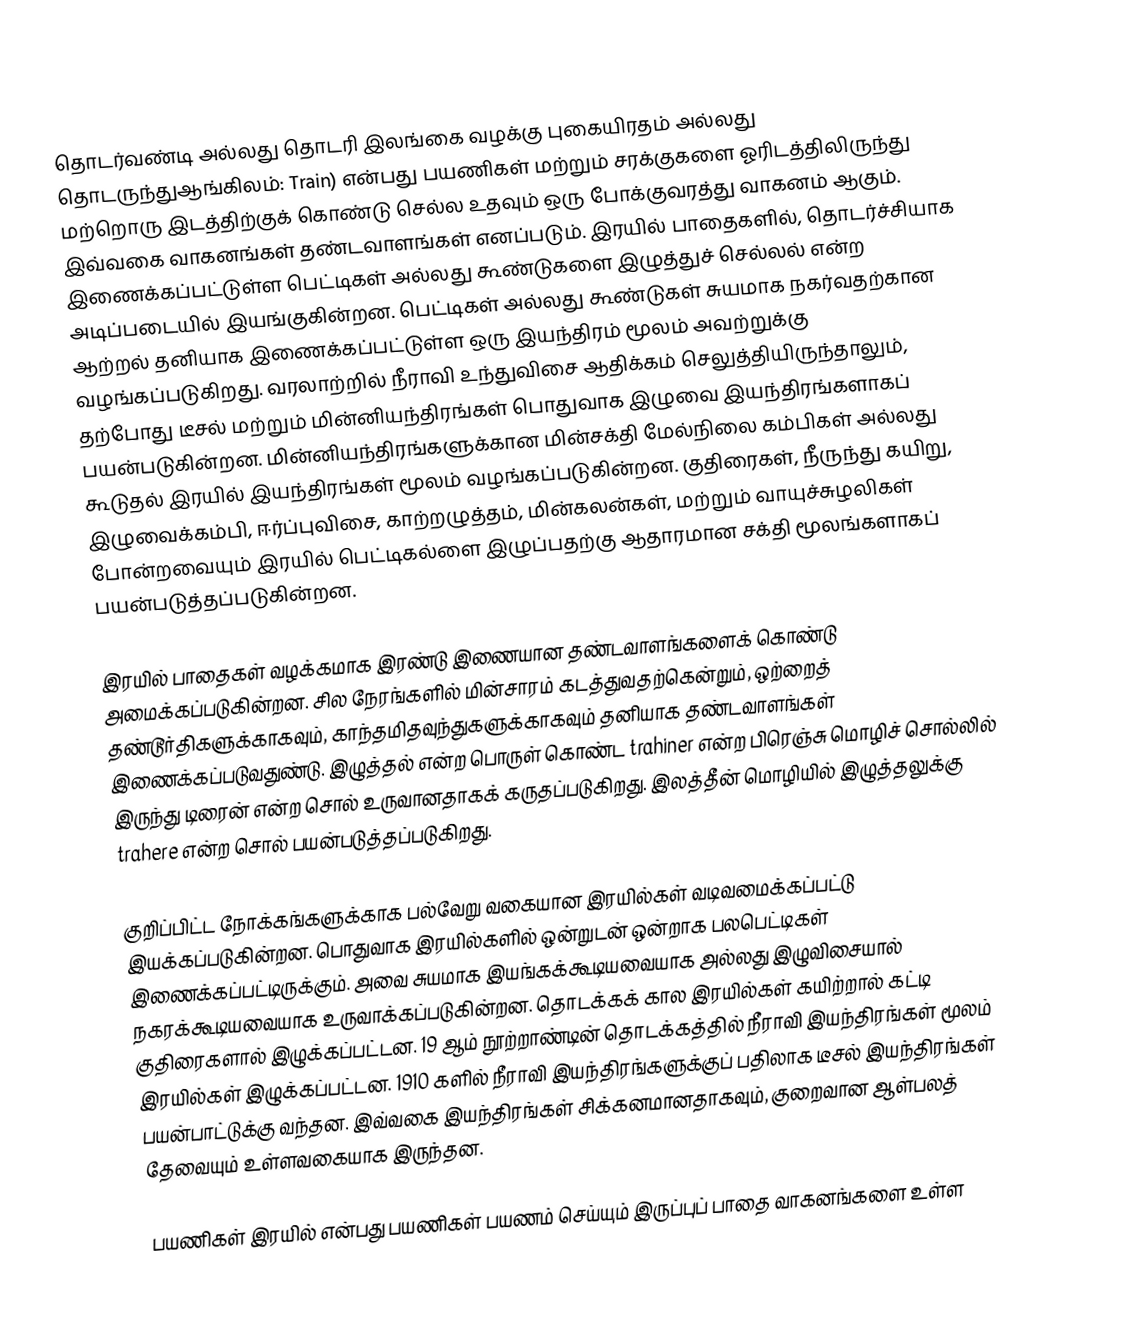
தொடர்வண்டி அல்லது தொடரி இலங்கை வழக்கு புகையிரதம் அல்லது தொடருந்துஆங்கிலம்: Train) என்பது பயணிகள் மற்றும் சரக்குகளை ஓரிடத்திலிருந்து மற்றொரு இடத்திற்குக் கொண்டு செல்ல உதவும் ஒரு போக்குவரத்து வாகனம் ஆகும். இவ்வகை வாகனங்கள் தண்டவாளங்கள் எனப்படும். இரயில் பாதைகளில், தொடர்ச்சியாக இணைக்கப்பட்டுள்ள பெட்டிகள் அல்லது கூண்டுகளை இழுத்துச் செல்லல் என்ற அடிப்படையில் இயங்குகின்றன. பெட்டிகள் அல்லது கூண்டுகள் சுயமாக நகர்வதற்கான ஆற்றல் தனியாக இணைக்கப்பட்டுள்ள ஒரு இயந்திரம் மூலம் அவற்றுக்கு வழங்கப்படுகிறது. வரலாற்றில் நீராவி உந்துவிசை ஆதிக்கம் செலுத்தியிருந்தாலும், தற்போது டீசல் மற்றும் மின்னியந்திரங்கள் பொதுவாக இழுவை இயந்திரங்களாகப் பயன்படுகின்றன. மின்னியந்திரங்களுக்கான மின்சக்தி மேல்நிலை கம்பிகள் அல்லது கூடுதல் இரயில் இயந்திரங்கள் மூலம் வழங்கப்படுகின்றன. குதிரைகள், நீருந்து கயிறு, இழுவைக்கம்பி, ஈர்ப்புவிசை, காற்றழுத்தம், மின்கலன்கள், மற்றும் வாயுச்சுழலிகள் போன்றவையும் இரயில் பெட்டிகல்ளை இழுப்பதற்கு ஆதாரமான சக்தி மூலங்களாகப் பயன்படுத்தப்படுகின்றன.

இரயில் பாதைகள்  வழக்கமாக இரண்டு இணையான தண்டவாளங்களைக் கொண்டு அமைக்கப்படுகின்றன. சில நேரங்களில் மின்சாரம் கடத்துவதற்கென்றும், ஒற்றைத் தண்டூர்திகளுக்காகவும், காந்தமிதவுந்துகளுக்காகவும் தனியாக தண்டவாளங்கள் இணைக்கப்படுவதுண்டு. இழுத்தல் என்ற பொருள் கொண்ட trahiner என்ற பிரெஞ்சு மொழிச் சொல்லில் இருந்து டிரைன் என்ற சொல் உருவானதாகக் கருதப்படுகிறது. இலத்தீன் மொழியில் இழுத்தலுக்கு trahere என்ற சொல் பயன்படுத்தப்படுகிறது.

குறிப்பிட்ட நோக்கங்களுக்காக பல்வேறு வகையான இரயில்கள் வடிவமைக்கப்பட்டு இயக்கப்படுகின்றன. பொதுவாக இரயில்களில் ஒன்றுடன் ஒன்றாக பலபெட்டிகள் இணைக்கப்பட்டிருக்கும். அவை சுயமாக இயங்கக்கூடியவையாக அல்லது இழுவிசையால் நகரக்கூடியவையாக உருவாக்கப்படுகின்றன. தொடக்கக் கால இரயில்கள் கயிற்றால் கட்டி குதிரைகளால் இழுக்கப்பட்டன. 19 ஆம் நூற்றாண்டின் தொடக்கத்தில் நீராவி இயந்திரங்கள் மூலம் இரயில்கள் இழுக்கப்பட்டன. 1910 களில் நீராவி இயந்திரங்களுக்குப் பதிலாக டீசல் இயந்திரங்கள் பயன்பாட்டுக்கு வந்தன. இவ்வகை இயந்திரங்கள் சிக்கனமானதாகவும், குறைவான ஆள்பலத் தேவையும் உள்ளவகையாக இருந்தன.

பயணிகள் இரயில் என்பது பயணிகள் பயணம் செய்யும் இருப்புப் பாதை வாகனங்களை உள்ள